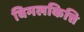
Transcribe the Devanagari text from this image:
विमलकित्ति